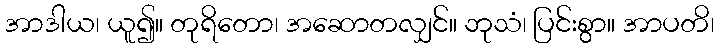
အာဒါယ၊ ယူ၍။ တုရိတော၊ အဆောတလျှင်။ ဘုသံ၊ ပြင်းစွာ။ အာပတိ၊